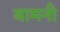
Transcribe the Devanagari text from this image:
बामनी